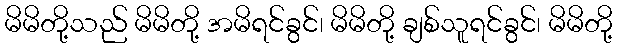
မိမိတို့သည် မိမိတို့ အမိရင်ခွင်၊ မိမိတို့ ချစ်သူရင်ခွင်၊ မိမိတို့